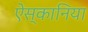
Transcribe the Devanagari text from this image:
ऐस्कानिया